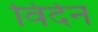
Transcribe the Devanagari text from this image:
विदेन